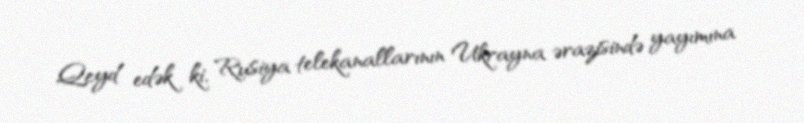
Qeyd edək ki, Rusiya telekanallarının Ukrayna ərazisində yayımına